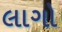
લાગો